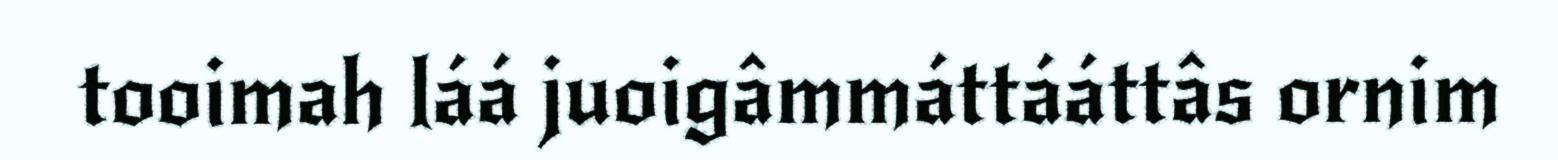
tooimah láá juoigâmmáttááttâs ornim